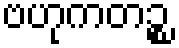
ဗဟုကတဉ္စ